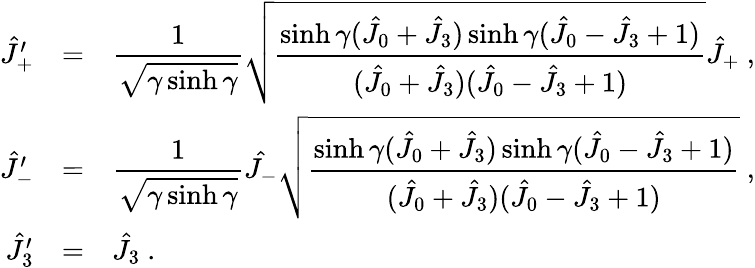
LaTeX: \begin{array}{rcl}{{\hat{J}_{+}^{\prime}}}&{{=}}&{{\displaystyle\frac{1}{\sqrt{\gamma\sinh\gamma}}\sqrt{\displaystyle\frac{\sinh\gamma(\hat{J}_{0}+\hat{J}_{3})\sinh\gamma(\hat{J}_{0}-\hat{J}_{3}+1)}{(\hat{J}_{0}+\hat{J}_{3})(\hat{J}_{0}-\hat{J}_{3}+1)}}\hat{J}_{+}~,}}\\ {{\hat{J}_{-}^{\prime}}}&{{=}}&{{\displaystyle\frac{1}{\sqrt{\gamma\sinh\gamma}}\hat{J_{-}}\sqrt{\displaystyle\frac{\sinh\gamma(\hat{J}_{0}+\hat{J}_{3})\sinh\gamma(\hat{J}_{0}-\hat{J}_{3}+1)}{(\hat{J}_{0}+\hat{J}_{3})(\hat{J}_{0}-\hat{J}_{3}+1)}}~,}}\\ {{\hat{J}_{3}^{\prime}}}&{{=}}&{{\hat{J}_{3}~.}}\end{array}